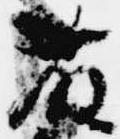
藤